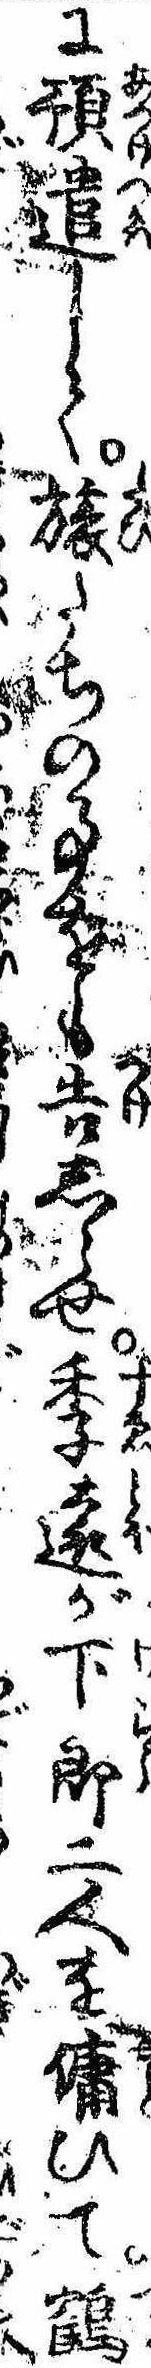
に預遣して旅たちの事をも告しらせ季遠が下郎二人を傭ひて鶴